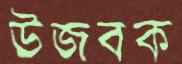
উজবক